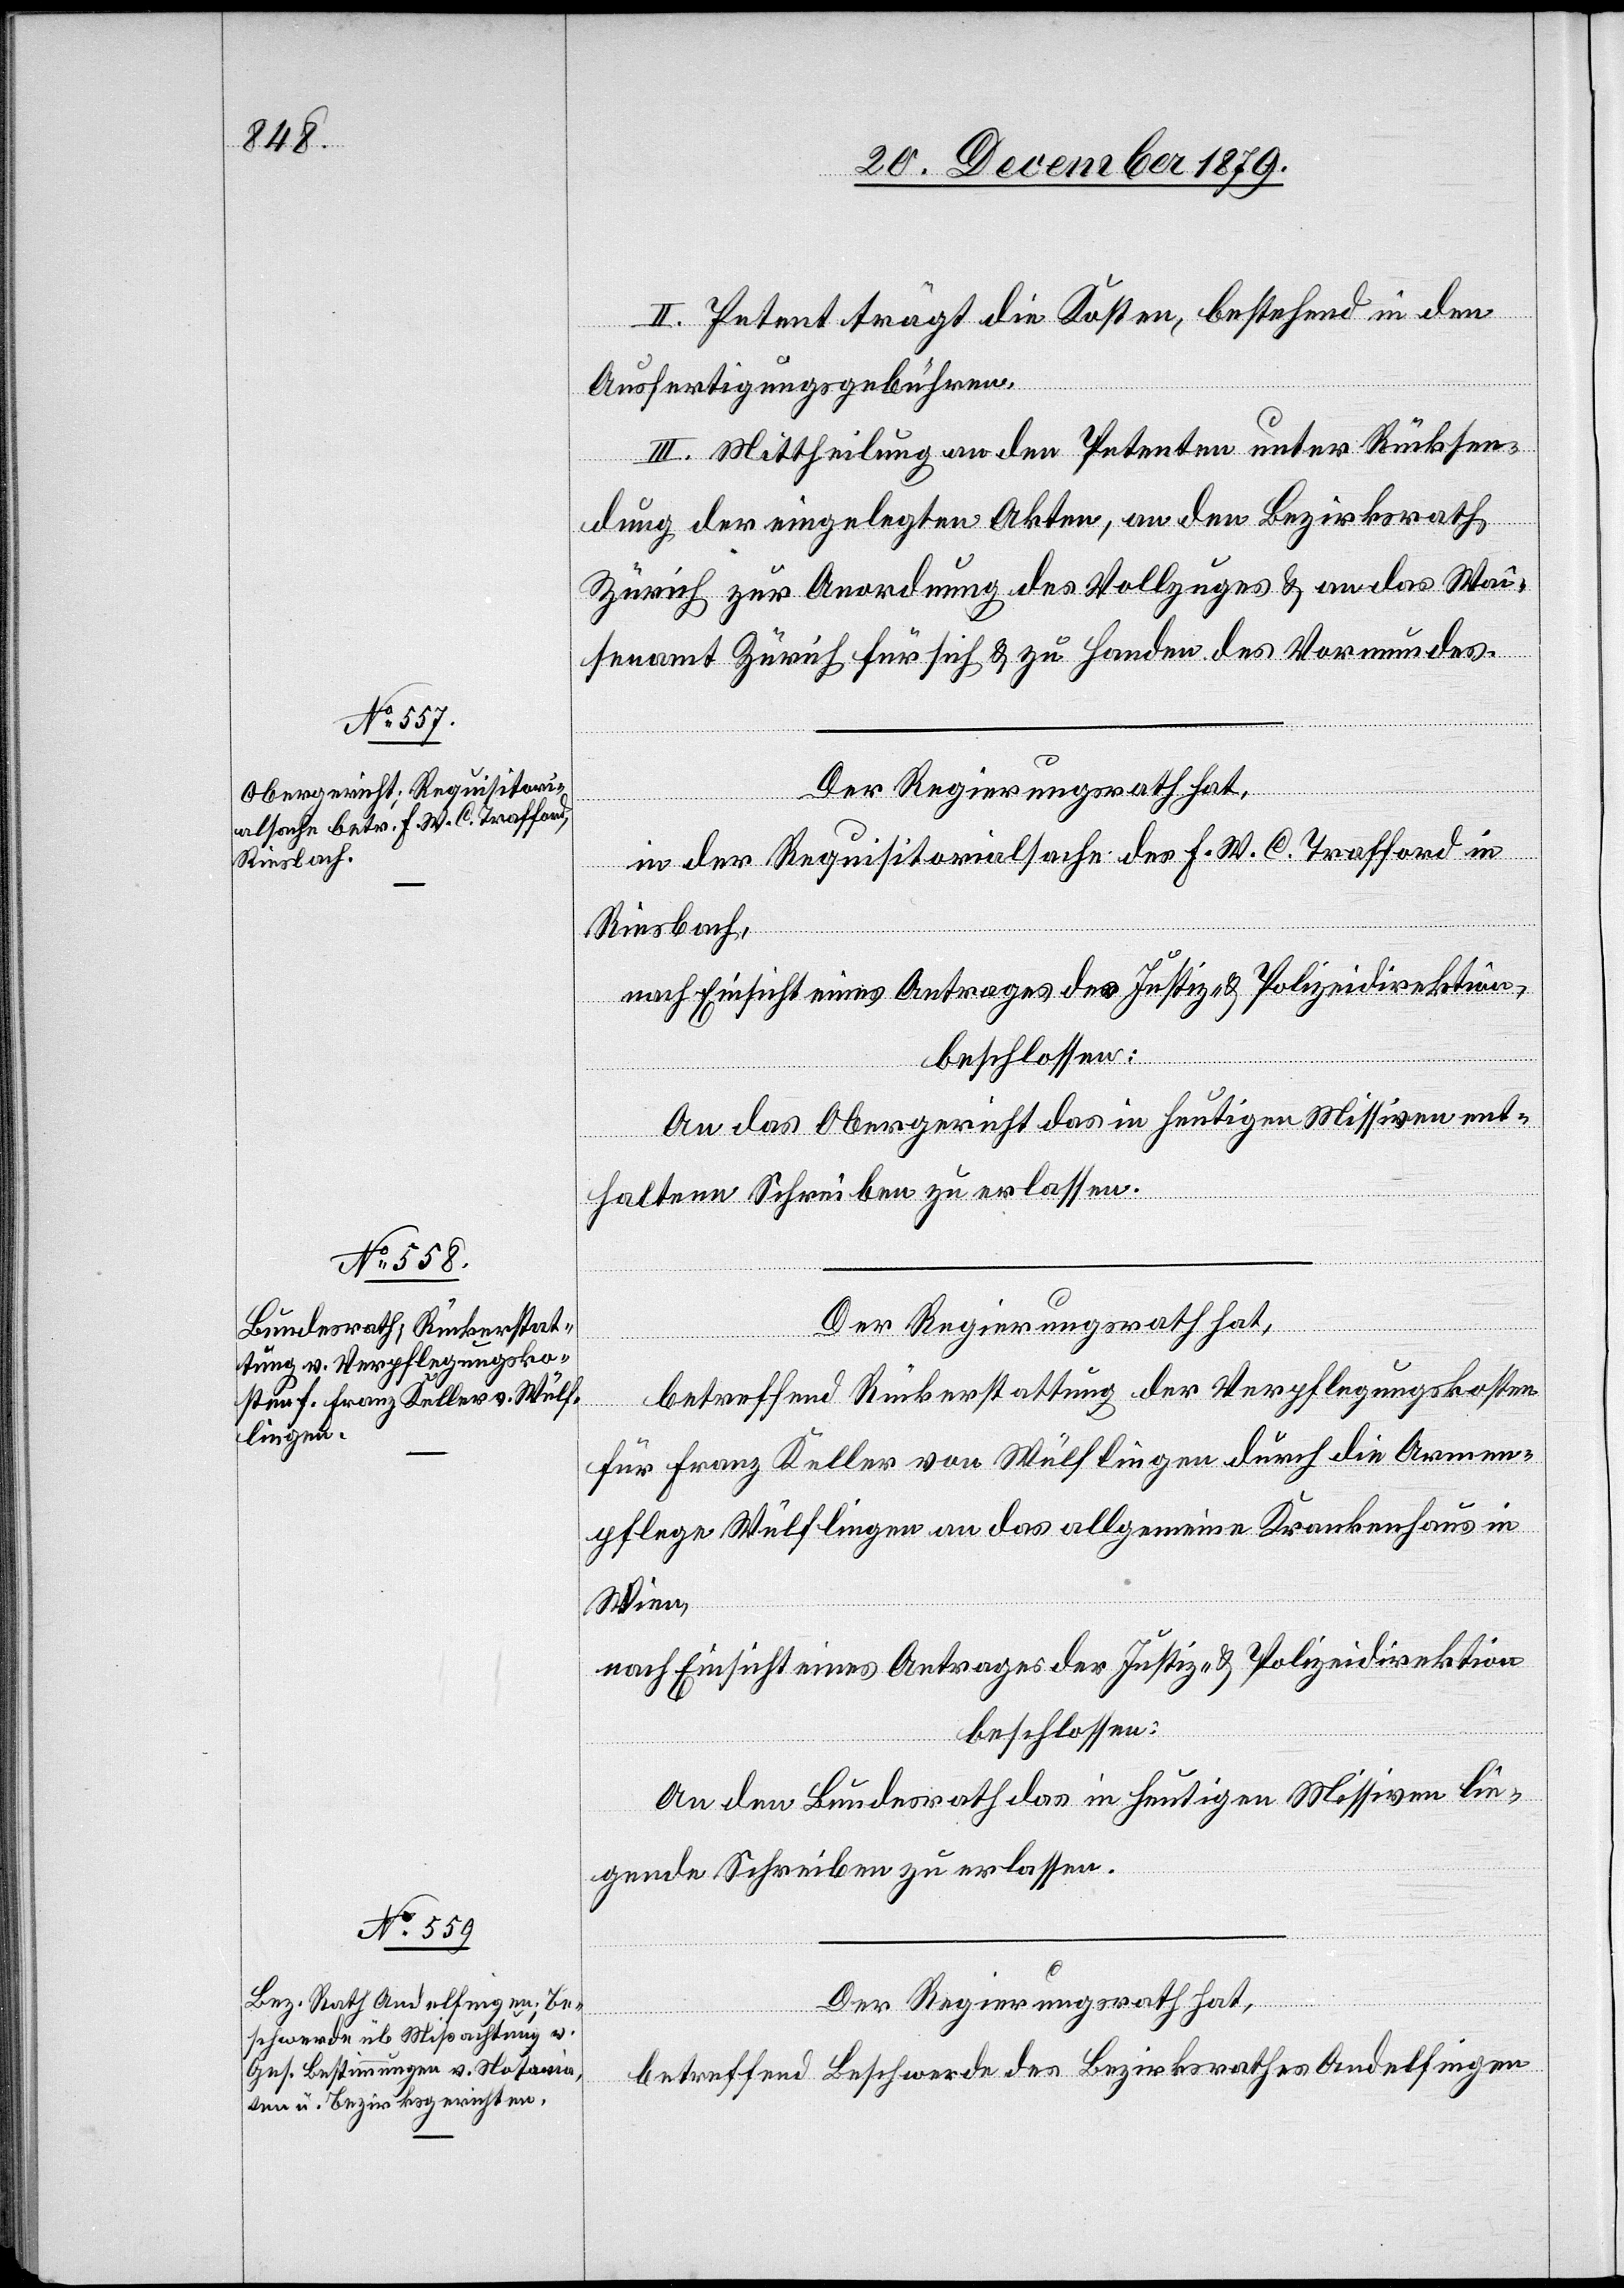
II. Petent trägt die Kosten, bestehend in den
Ausfertigungsgebühren.
III. Mittheilung an den Petenten unter Rücksen¬
dung der eingelegten Akten, an den Bezirksrath
Zürich zur Anordnung des Vollzuges & an das Wai¬
senamt Zürich für sich & zu Handen des Vormundes.
Der Regierungsrath hat,
in der Requisitorialsache des F. W. C. Trafford in
Riesbach,
nach Einsicht eines Antrages der Justiz- & Polizeidirektion,
beschlossen:
An das Obergericht das in heutigen Missiven ent¬
haltene Schreiben zu erlassen.
Der Regierungsrath hat,
betreffend Rückerstattung der Verpflegungskosten
für Franz Keller von Wülflingen durch die Armen¬
pflege Wülflingen an das allgemeine Krankenhaus in
Wien,
nach Einsicht eines Antrages der Justiz- & Polizeidirektion
beschlossen:
An den Bundesrath das in heutigen Missiven lie¬
gende Schreiben zu erlassen.
Der Regierungsrath hat,
betreffend Beschwerde des Bezirksrathes Andelfingen